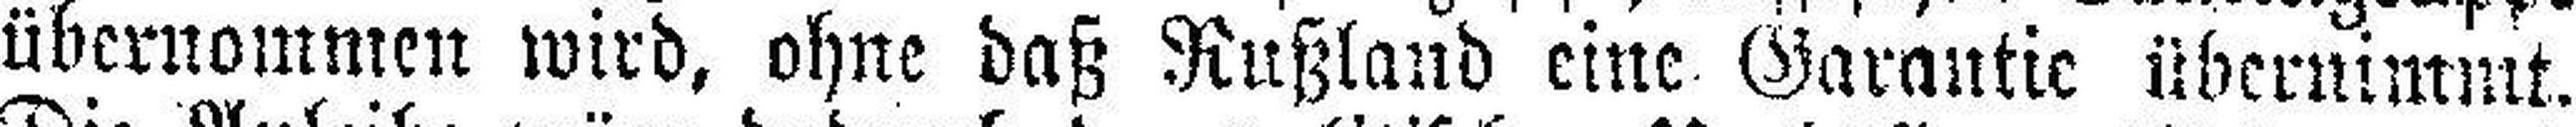
übernommen wird, ohne daß Rußland eine Garantie übernimmt.